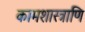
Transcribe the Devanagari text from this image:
कामशास्त्राणि